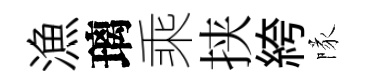
漁璃乘挟絝隊